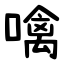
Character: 噙